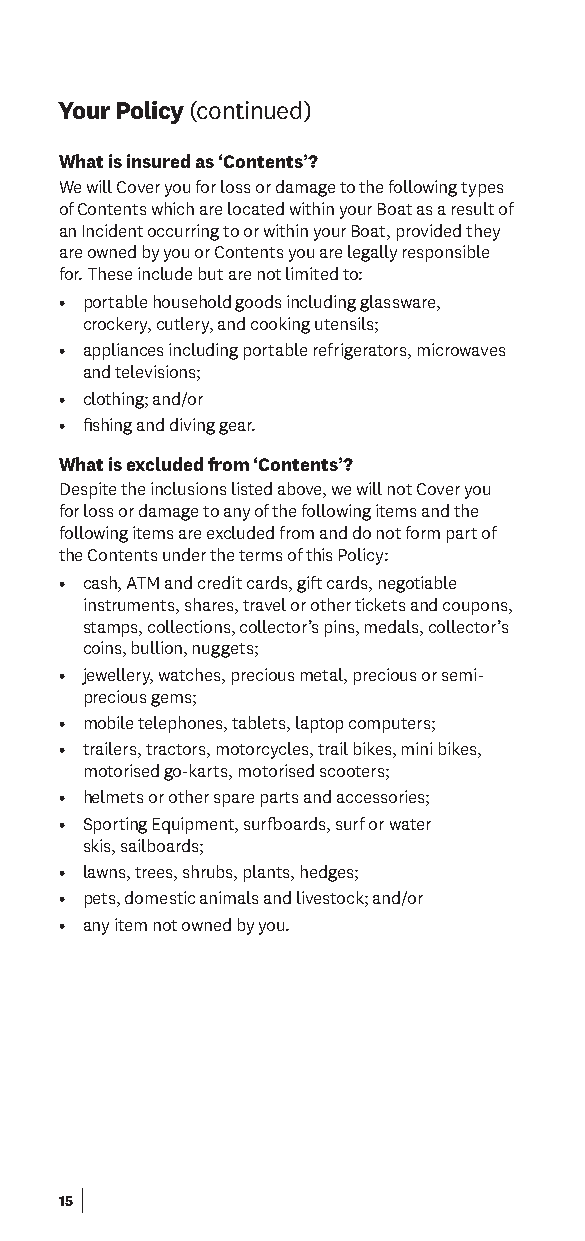
Your Policy (continued)
 What is insured as ‘Contents’?
 We will Cover you for loss or damage to the following types
 of Contents which are located within your Boat as a result of
 an Incident occurring to or within your Boat, provided they
 are owned by you or Contents you are legally responsible
 for. These include but are not limited to:
 • portable household goods including glassware,
 crockery, cutlery, and cooking utensils;
 • appliances including portable refrigerators, microwaves
 and televisions;
 • clothing; and/or
 • fshing and diving gear.
 What is excluded from ‘Contents’?
 Despite the inclusions listed above, we will not Cover you
 for loss or damage to any of the following items and the
 following items are excluded from and do not form part of
 the Contents under the terms of this Policy:
 • cash, ATM and credit cards, gift cards, negotiable
 instruments, shares, travel or other tickets and coupons,
 stamps, collections, collector’s pins, medals, collector’s
 coins, bullion, nuggets;
 • jewellery, watches, precious metal, precious or semi-
 precious gems;
 • mobile telephones, tablets, laptop computers;
 • trailers, tractors, motorcycles, trail bikes, mini bikes,
 motorised go-karts, motorised scooters;
 • helmets or other spare parts and accessories;
 • Sporting Equipment, surfoards, surf or water
 skis, sailboards;
 • lawns, trees, shrubs, plants, hedges;
 • pets, domestic animals and livestock; and/or
 • any item not owned by you.
 15